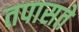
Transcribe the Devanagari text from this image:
तपासते